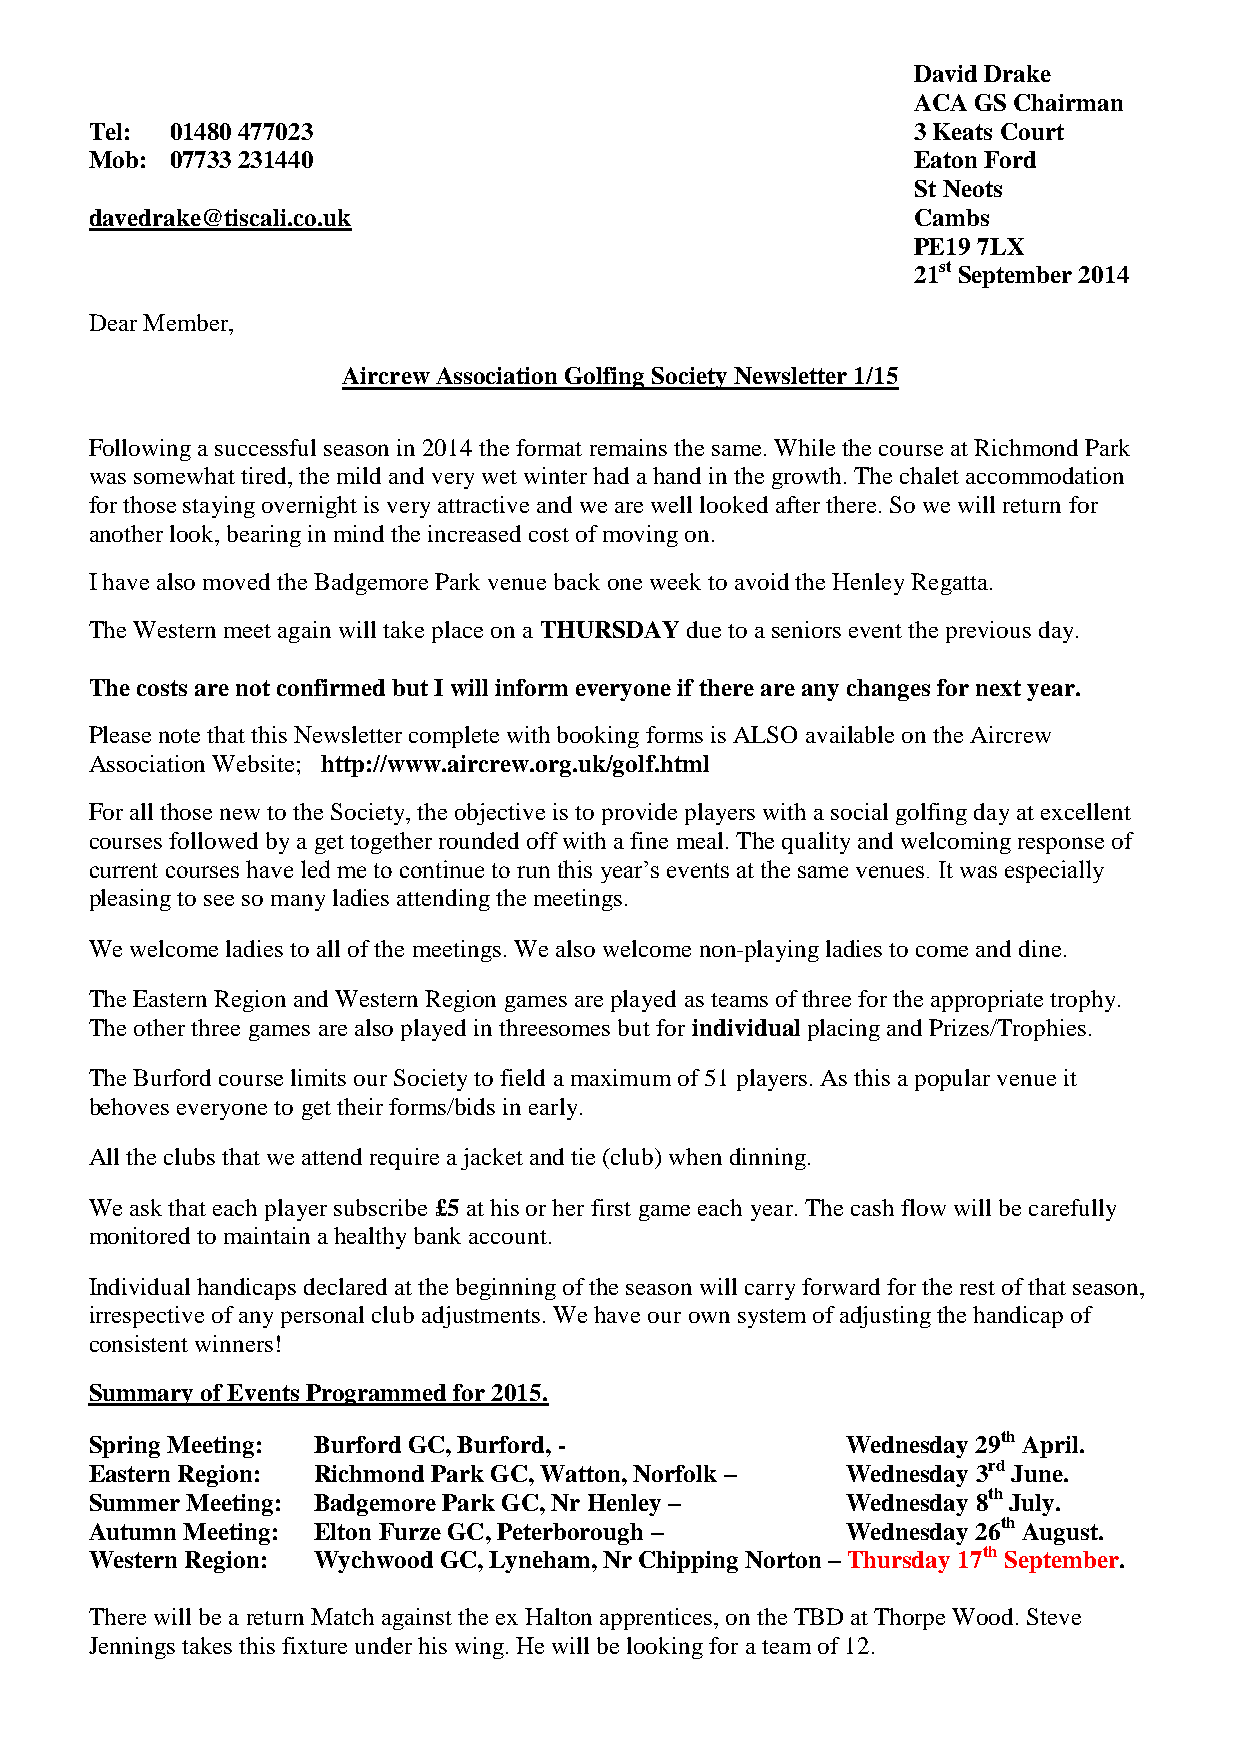
David Drake
 ACA GS Chairman
 Tel: 01480 477023                                      3 Keats Court
 Mob: 07733 231440                                      Eaton Ford
 St Neots
 davedrake@tiscali.co.uk                                Cambs
 PE19 7LX
 21st September 2014
 Dear Member,
 Aircrew Association Golfing Society Newsletter 1/15
 Following a successful season in 2014 the format remains the same. While the course at Richmond Park
 was somewhat tired, the mild and very wet winter had a hand in the growth. The chalet accommodation
 for those staying overnight is very attractive and we are well looked after there. So we will return for
 another look, bearing in mind the increased cost of moving on.
 I have also moved the Badgemore Park venue back one week to avoid the Henley Regatta.
 The Western meet again will take place on a THURSDAY due to a seniors event the previous day.
 The costs are not confirmed but I will inform everyone if there are any changes for next year.
 Please note that this Newsletter complete with booking forms is ALSO available on the Aircrew
 Association Website; http://www.aircrew.org.uk/golf.html
 For all those new to the Society, the objective is to provide players with a social golfing day at excellent
 courses followed by a get together rounded off with a fine meal. The quality and welcoming response of
 current courses have led me to continue to run this year’s events at the same venues. It was especially
 pleasing to see so many ladies attending the meetings.
 We welcome ladies to all of the meetings. We also welcome non-playing ladies to come and dine.
 The Eastern Region and Western Region games are played as teams of three for the appropriate trophy.
 The other three games are also played in threesomes but for individual placing and Prizes/Trophies.
 The Burford course limits our Society to field a maximum of 51 players. As this a popular venue it
 behoves everyone to get their forms/bids in early.
 All the clubs that we attend require a jacket and tie (club) when dinning.
 We ask that each player subscribe £5 at his or her first game each year. The cash flow will be carefully
 monitored to maintain a healthy bank account.
 Individual handicaps declared at the beginning of the season will carry forward for the rest of that season,
 irrespective of any personal club adjustments. We have our own system of adjusting the handicap of
 consistent winners!
 Summary of Events Programmed for 2015.
 Spring Meeting: Burford GC, Burford, -            Wednesday 29th April.
 Eastern Region: Richmond Park GC, Watton, Norfolk – Wednesday 3rd June.
 Summer Meeting: Badgemore Park GC, Nr Henley –    Wednesday 8th July.
 Autumn Meeting: Elton Furze GC, Peterborough –    Wednesday 26th August.
 Western Region: Wychwood GC, Lyneham, Nr Chipping Norton – Thursday 17th September.
 There will be a return Match against the ex Halton apprentices, on the TBD at Thorpe Wood. Steve
 Jennings takes this fixture under his wing. He will be looking for a team of 12.